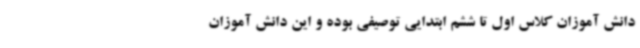
دانش آموزان کلاس اول تا ششم ابتدایی توصیفی بوده و این دانش آموزان